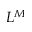
L ^ { M }